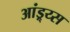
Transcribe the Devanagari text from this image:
आंड्र्य्स